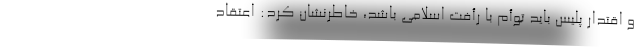
و اقتدار پلیس باید توأم با رأفت اسلامی باشد، خاطرنشان کرد: اعتقاد